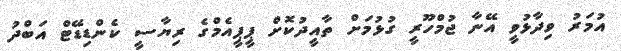
އުމަރު ވިދާޅުވީ އޭނާ ޖުމްހޫރީ ގުޅުމަށް ތާއީދުކޮށް ޕީޕީއެމްގެ ރިޔާސީ ކެންޑިޑޭޓް އަބްދު